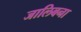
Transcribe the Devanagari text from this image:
जालिबना